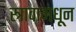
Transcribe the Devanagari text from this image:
स्त्रावामधून